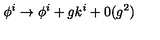
\phi ^ { i } \rightarrow \phi ^ { i } + g k ^ { i } + 0 ( g ^ { 2 } )